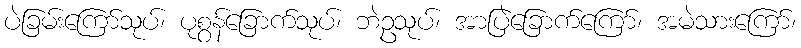
ပဲခြမ်းကြော်သုပ်၊ ပုစွန်ခြောက်သုပ်၊ ဘဲဥသုပ်၊ အာပြဲခြောက်ကြော်၊ အမဲသားကြော်၊